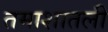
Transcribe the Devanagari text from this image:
तमाशातली